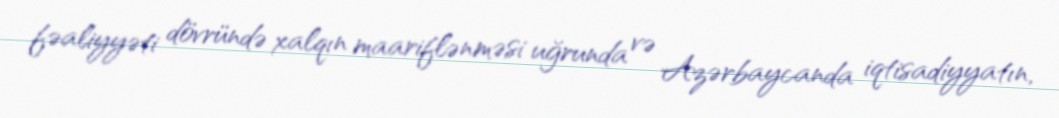
fəaliyyəti dövründə xalqın maariflənməsi uğrunda və Azərbaycanda iqtisadiyyatın,